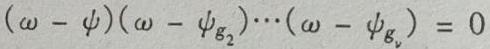
$(\omega - \psi)(\omega - \psi_{g_2})\cdots(\omega - \psi_{g_{\nu}}) = 0$